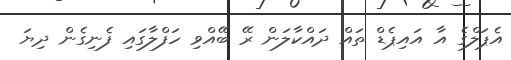
އެޕަލްގެ އާ އައިޕެޑް ތައް ދައްކާލަން ރޭ ބޭއްވި ހަފްލާގައި ފެނިގެން ދިޔަ